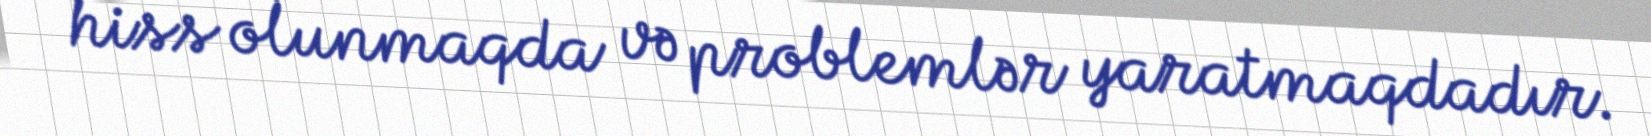
hiss olunmaqda və problemlər yaratmaqdadır.